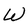
Character: W